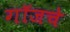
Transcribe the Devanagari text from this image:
गॉजचे